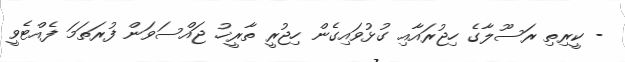
- ކީރިތި ރަސޫލާގެ ހިޖުރައާއި ގުޅުވައިގެން ހިޖުރީ ތާރީޚު ޖައްސަވަން ފުރަތަމަ ފެއްޓެވީ